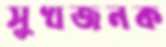
সুখজনক